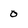
Character: o